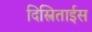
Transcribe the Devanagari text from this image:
दिस्त्रिताईस